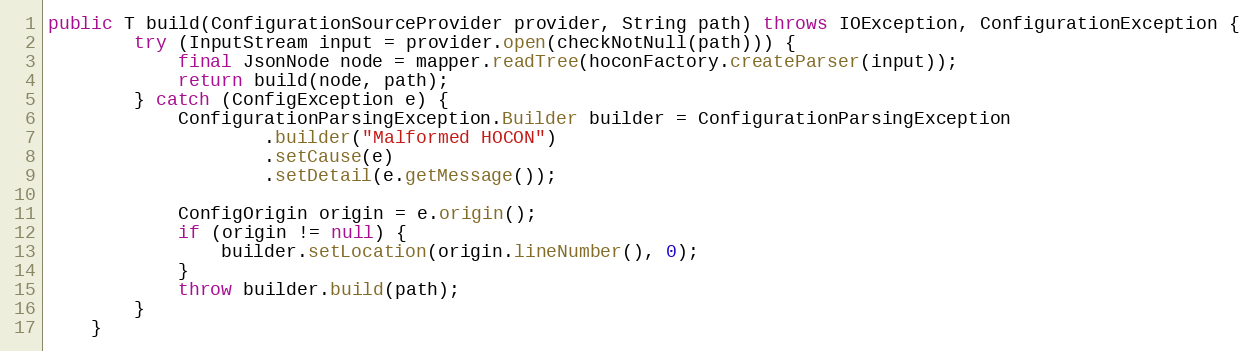
Language: Java
public T build(ConfigurationSourceProvider provider, String path) throws IOException, ConfigurationException {
        try (InputStream input = provider.open(checkNotNull(path))) {
            final JsonNode node = mapper.readTree(hoconFactory.createParser(input));
            return build(node, path);
        } catch (ConfigException e) {
            ConfigurationParsingException.Builder builder = ConfigurationParsingException
                    .builder("Malformed HOCON")
                    .setCause(e)
                    .setDetail(e.getMessage());

            ConfigOrigin origin = e.origin();
            if (origin != null) {
                builder.setLocation(origin.lineNumber(), 0);
            }
            throw builder.build(path);
        }
    }